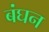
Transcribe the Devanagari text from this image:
बंघन